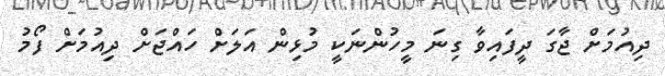
ދިއުމަށް ޖާގަ ދީފައިވާ ގިނަ މީހުންނަކީ މުޅިން އަލަށް ހައްޖަށް ދިއުމަށް ފޯމު